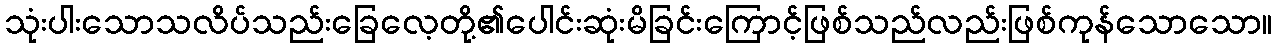
သုံးပါးသောသလိပ်သည်းခြေလေ့တို့၏ပေါင်းဆုံးမိခြင်းကြောင့်ဖြစ်သည်လည်းဖြစ်ကုန်သောသော။